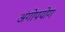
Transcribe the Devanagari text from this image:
अंगोपयोग